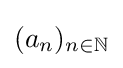
(a_{n})_{n\in \mathbb {N} }